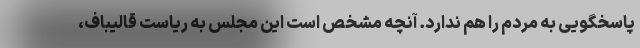
پاسخگویی به مردم را هم ندارد. آنچه مشخص است این مجلس به ریاست قالیباف،